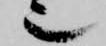
也